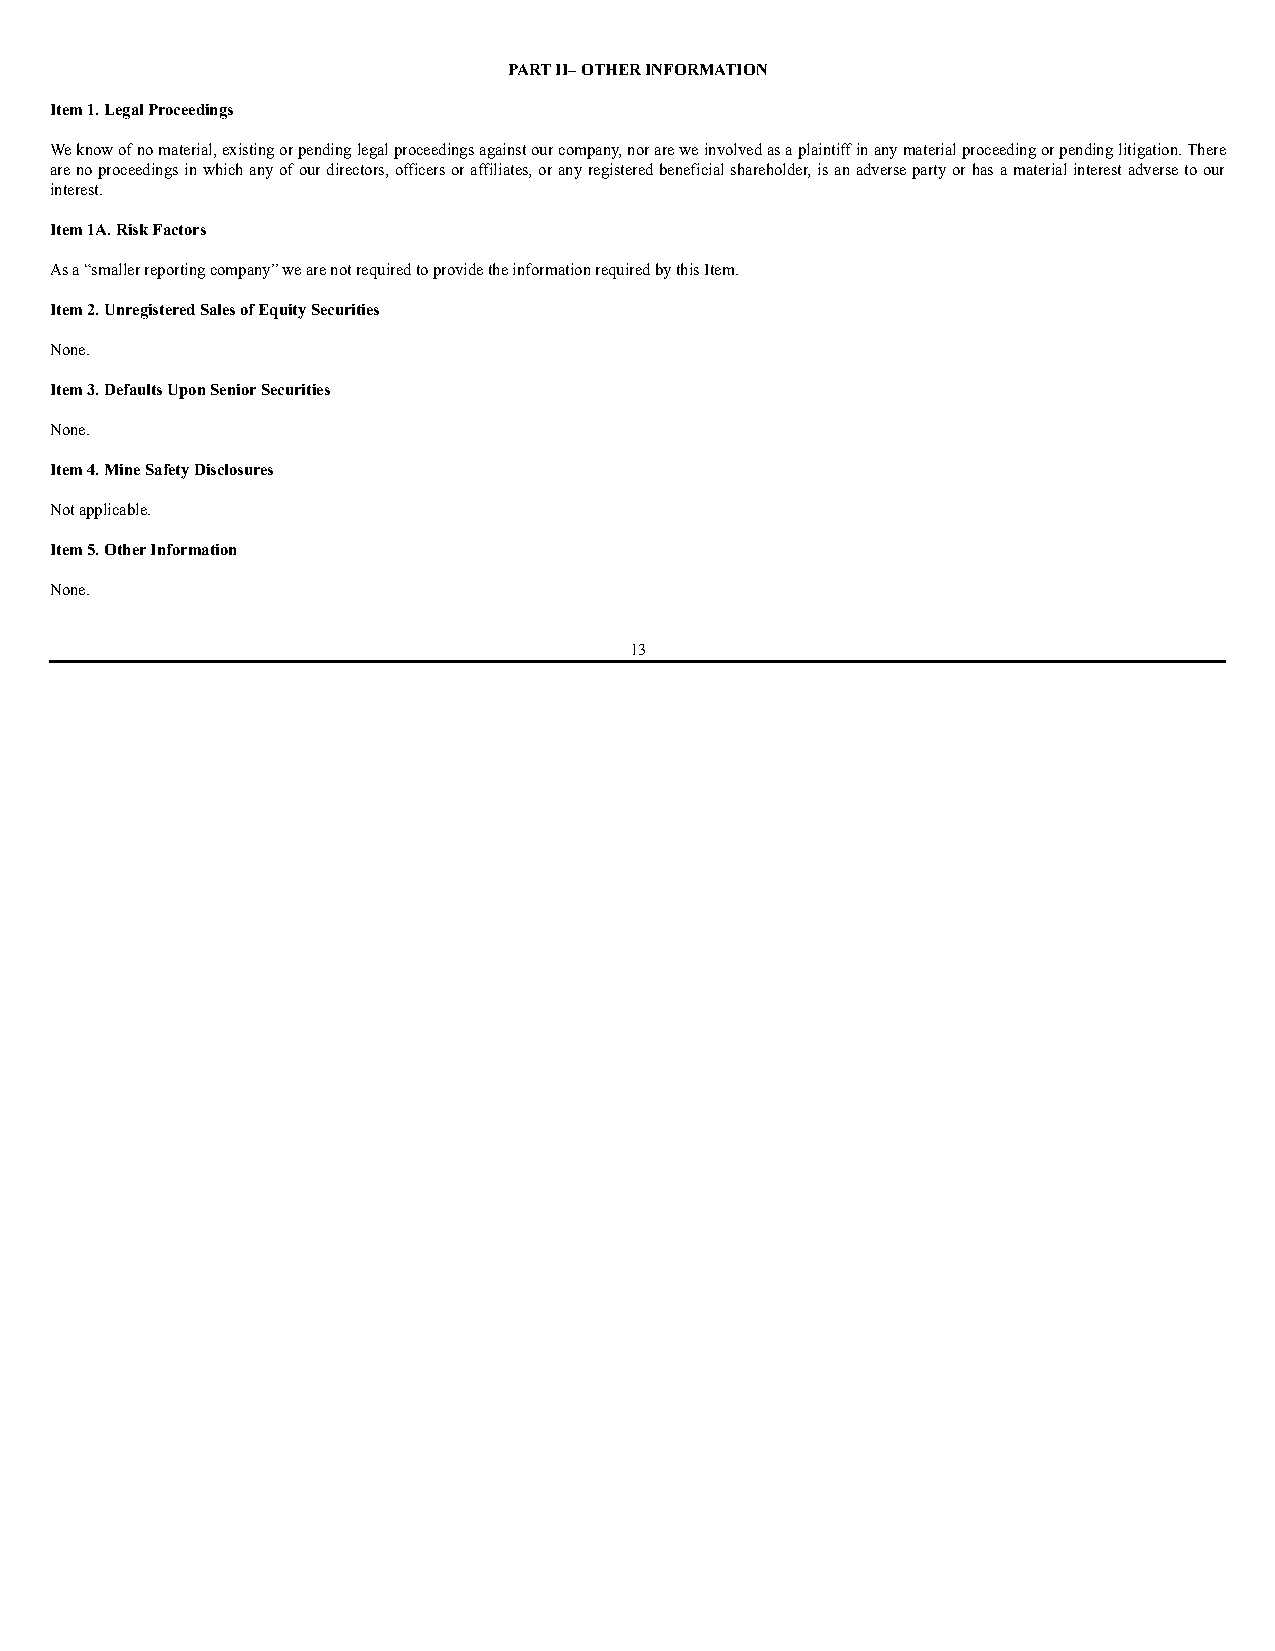
PART II– OTHER INFORMATION
 Item 1. Legal Proceedings
 We know of no material, existing or pending legal proceedings against our company, nor are we involved as a plaintiff in any material proceeding or pending litigation. There
 are no proceedings in which any of our directors, officers or affiliates, or any registered beneficial shareholder, is an adverse party or has a material interest adverse to our
 interest.
 Item 1A. Risk Factors
 As a “smaller reporting company” we are not required to provide the information required by this Item.
 Item 2. Unregistered Sales of Equity Securities
 None.
 Item 3. Defaults Upon Senior Securities
 None.
 Item 4. Mine Safety Disclosures
 Not applicable.
 Item 5. Other Information
 None.
 13